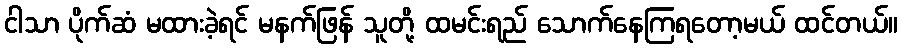
ငါသာ ပိုက်ဆံ မထားခဲ့ရင် မနက်ဖြန် သူတို့ ထမင်းရည် သောက်နေကြရတော့မယ် ထင်တယ်။